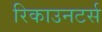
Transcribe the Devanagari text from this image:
रिकाउनटर्स